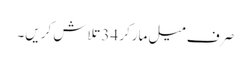
صرف میل مارکر 34 تلاش کریں۔